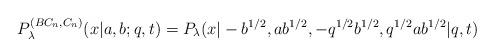
LaTeX: \begin{align*}P^{(BC_n,C_n)}_\lambda(x|a,b;q,t)=P_\lambda(x|-b^{1/2},ab^{1/2}, -q^{1/2}b^{1/2},q^{1/2}ab^{1/2}|q,t)\end{align*}